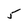
Character: 5